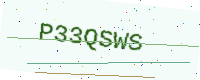
Text: P33QSWS